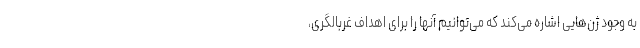
به وجود ژن‌هایی اشاره می‌کند که می‌توانیم آنها را برای اهداف غربالگری،